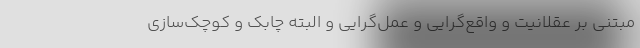
مبتنی بر عقلانیت و واقع‌گرایی و عمل‌گرایی و البته چابک و کوچک‌سازی